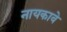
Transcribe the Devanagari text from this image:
नायकावे